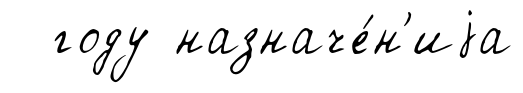
году назначе́н'иjа